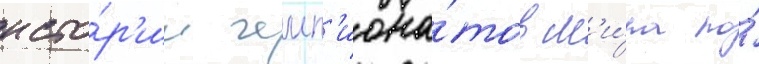
исто́р'ии чемп'иона́тов м'и́ра по́